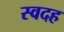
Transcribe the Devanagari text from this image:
स्वदह